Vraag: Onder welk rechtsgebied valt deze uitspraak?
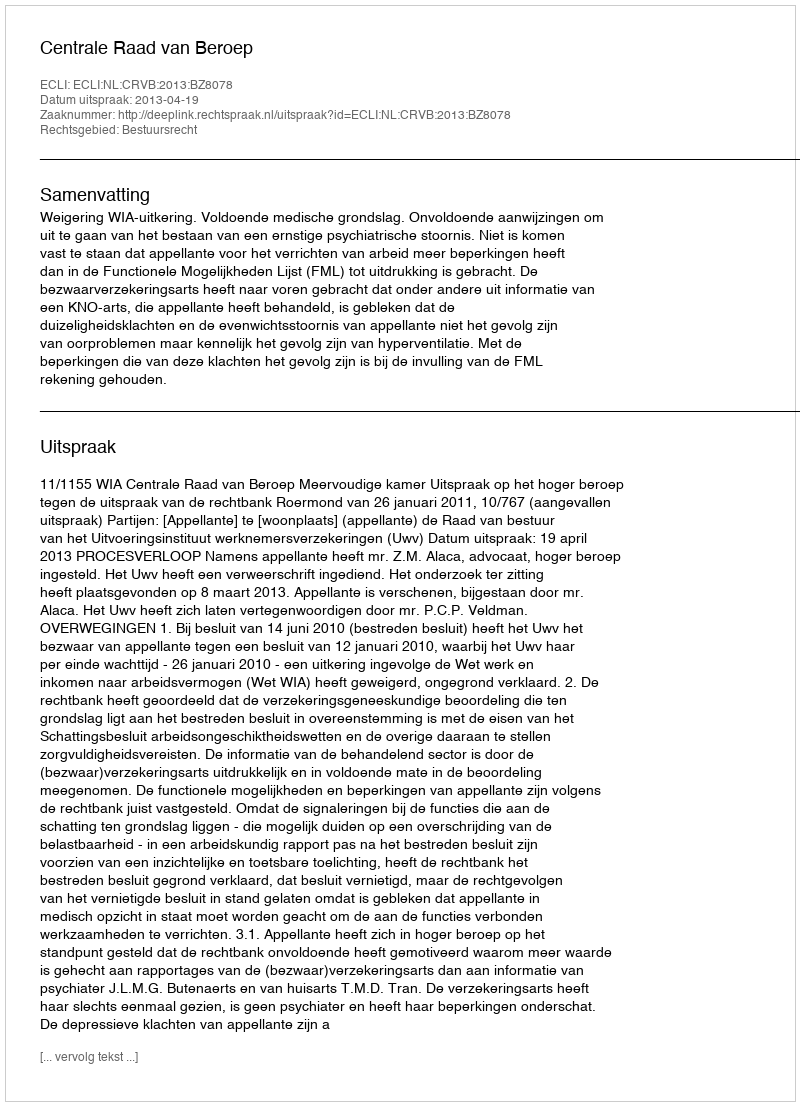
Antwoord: Bestuursrecht